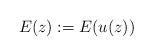
LaTeX: \begin{align*}E(z):=E(u(z))\end{align*}